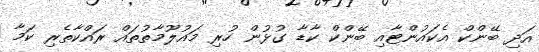
އަދި ބޭންކް އެކައުންޓާއި ބޭންކް ކާޑާ ގުޅުން ހުރި މައުލޫމާތުތައް ރައްކާތެރި ކަމާ